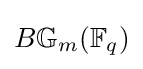
B\mathbb {G} _{m}(\mathbb {F} _{q})